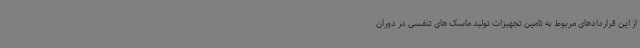
از این قراردادهای مربوط به تامین تجهیزات تولید ماسک های تنفسی در دوران